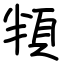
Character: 頖